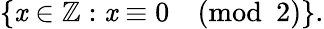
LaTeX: \{ \mathit{x}\in\mathbb{{Z}}:\mathit{x}\equiv0{\pmod{2}}\} .